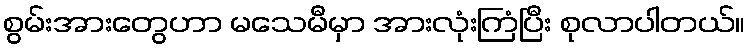
စွမ်းအားတွေဟာ မသေမီမှာ အားလုံးကြံပြီး စုလာပါတယ်။